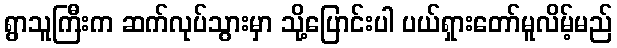
ရွာသူကြီးက ဆက်လုပ်သွားမှာ သို့ပြောင်းပါ ပယ်ရှားတော်မူလိမ့်မည်